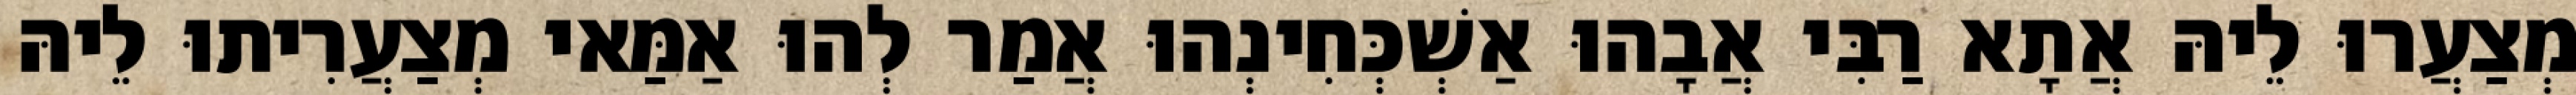
מְצַעֲרוּ לֵיהּ אֲתָא רַבִּי אֲבָהוּ אַשְׁכְּחִינְהוּ אֲמַר לְהוּ אַמַּאי מְצַעֲרִיתוּ לֵיהּ